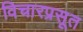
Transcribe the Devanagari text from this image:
विचारप्रसूत